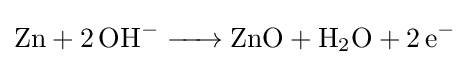
{\ce {Zn + 2OH- -> ZnO + H2O + 2e-}}